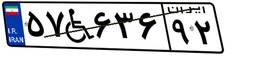
۵۷W۶۳۶۹۲